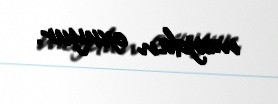
meydan oxuyur.